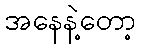
အနေနဲ့တော့